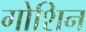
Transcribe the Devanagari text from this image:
गोशिन